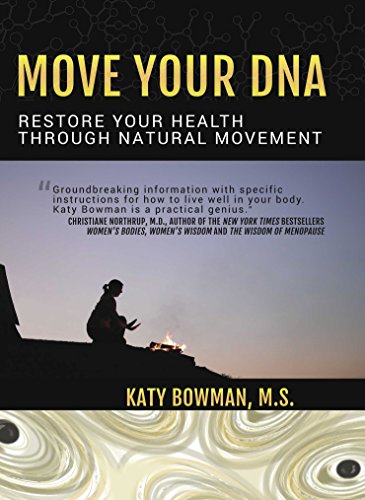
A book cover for Move Your DNA: Restore Your Health Through Natural Movement; Katy Bowman; Health, Fitness & Dieting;